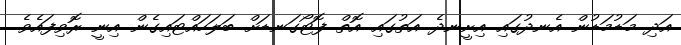
އަދި މަޑުމަޑުން އެނދުގައި އިށީނދެ އަތުގައި އޮތް ފޮޓޯގަނޑަށް ބަލަހައްޓައިގެން އިނީ ރޮވިފައެވެ.